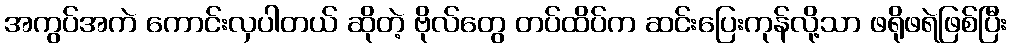
အကွပ်အကဲ ကောင်းလှပါတယ် ဆိုတဲ့ ဗိုလ်တွေ တပ်ထိပ်က ဆင်းပြေးကုန်လို့သာ ဖရိုဖရဲဖြစ်ပြီး